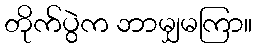
တိုက်ပွဲက ဘာမျှမကြာ။